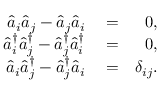
\begin{array} { r l r } { \hat { a } _ { i } \hat { a } _ { j } - \hat { a } _ { j } \hat { a } _ { i } } & { { } = } & { 0 , } \\ { \hat { a } _ { i } ^ { \dagger } \hat { a } _ { j } ^ { \dagger } - \hat { a } _ { j } ^ { \dagger } \hat { a } _ { i } ^ { \dagger } } & { { } = } & { 0 , } \\ { \hat { a } _ { i } \hat { a } _ { j } ^ { \dagger } - \hat { a } _ { j } ^ { \dagger } \hat { a } _ { i } } & { { } = } & { \delta _ { i j } . } \end{array}